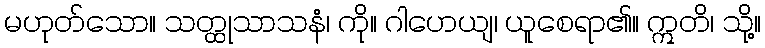
မဟုတ်သော။ သတ္ထုသာသနံ၊ ကို။ ဂါဟေယျ၊ ယူစေရာ၏။ ဣတိ၊ သို့။